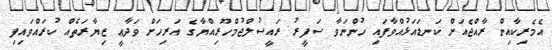
އެމެރިކާއިން ރާއްޖެއަށް ކަނޑައަޅުއްވާފައި ހުންނަވާ ސަފީރު ރައީސުލްޖުމްހޫރިއްޔާގެ އަރިހަށް ވަދާޢީ ޒިޔާރަތެއް ކުރައްވައިފި